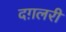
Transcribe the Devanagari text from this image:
दग़लरी